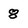
Character: 8